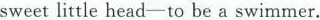
sweetlittle head-to be a swimmer.